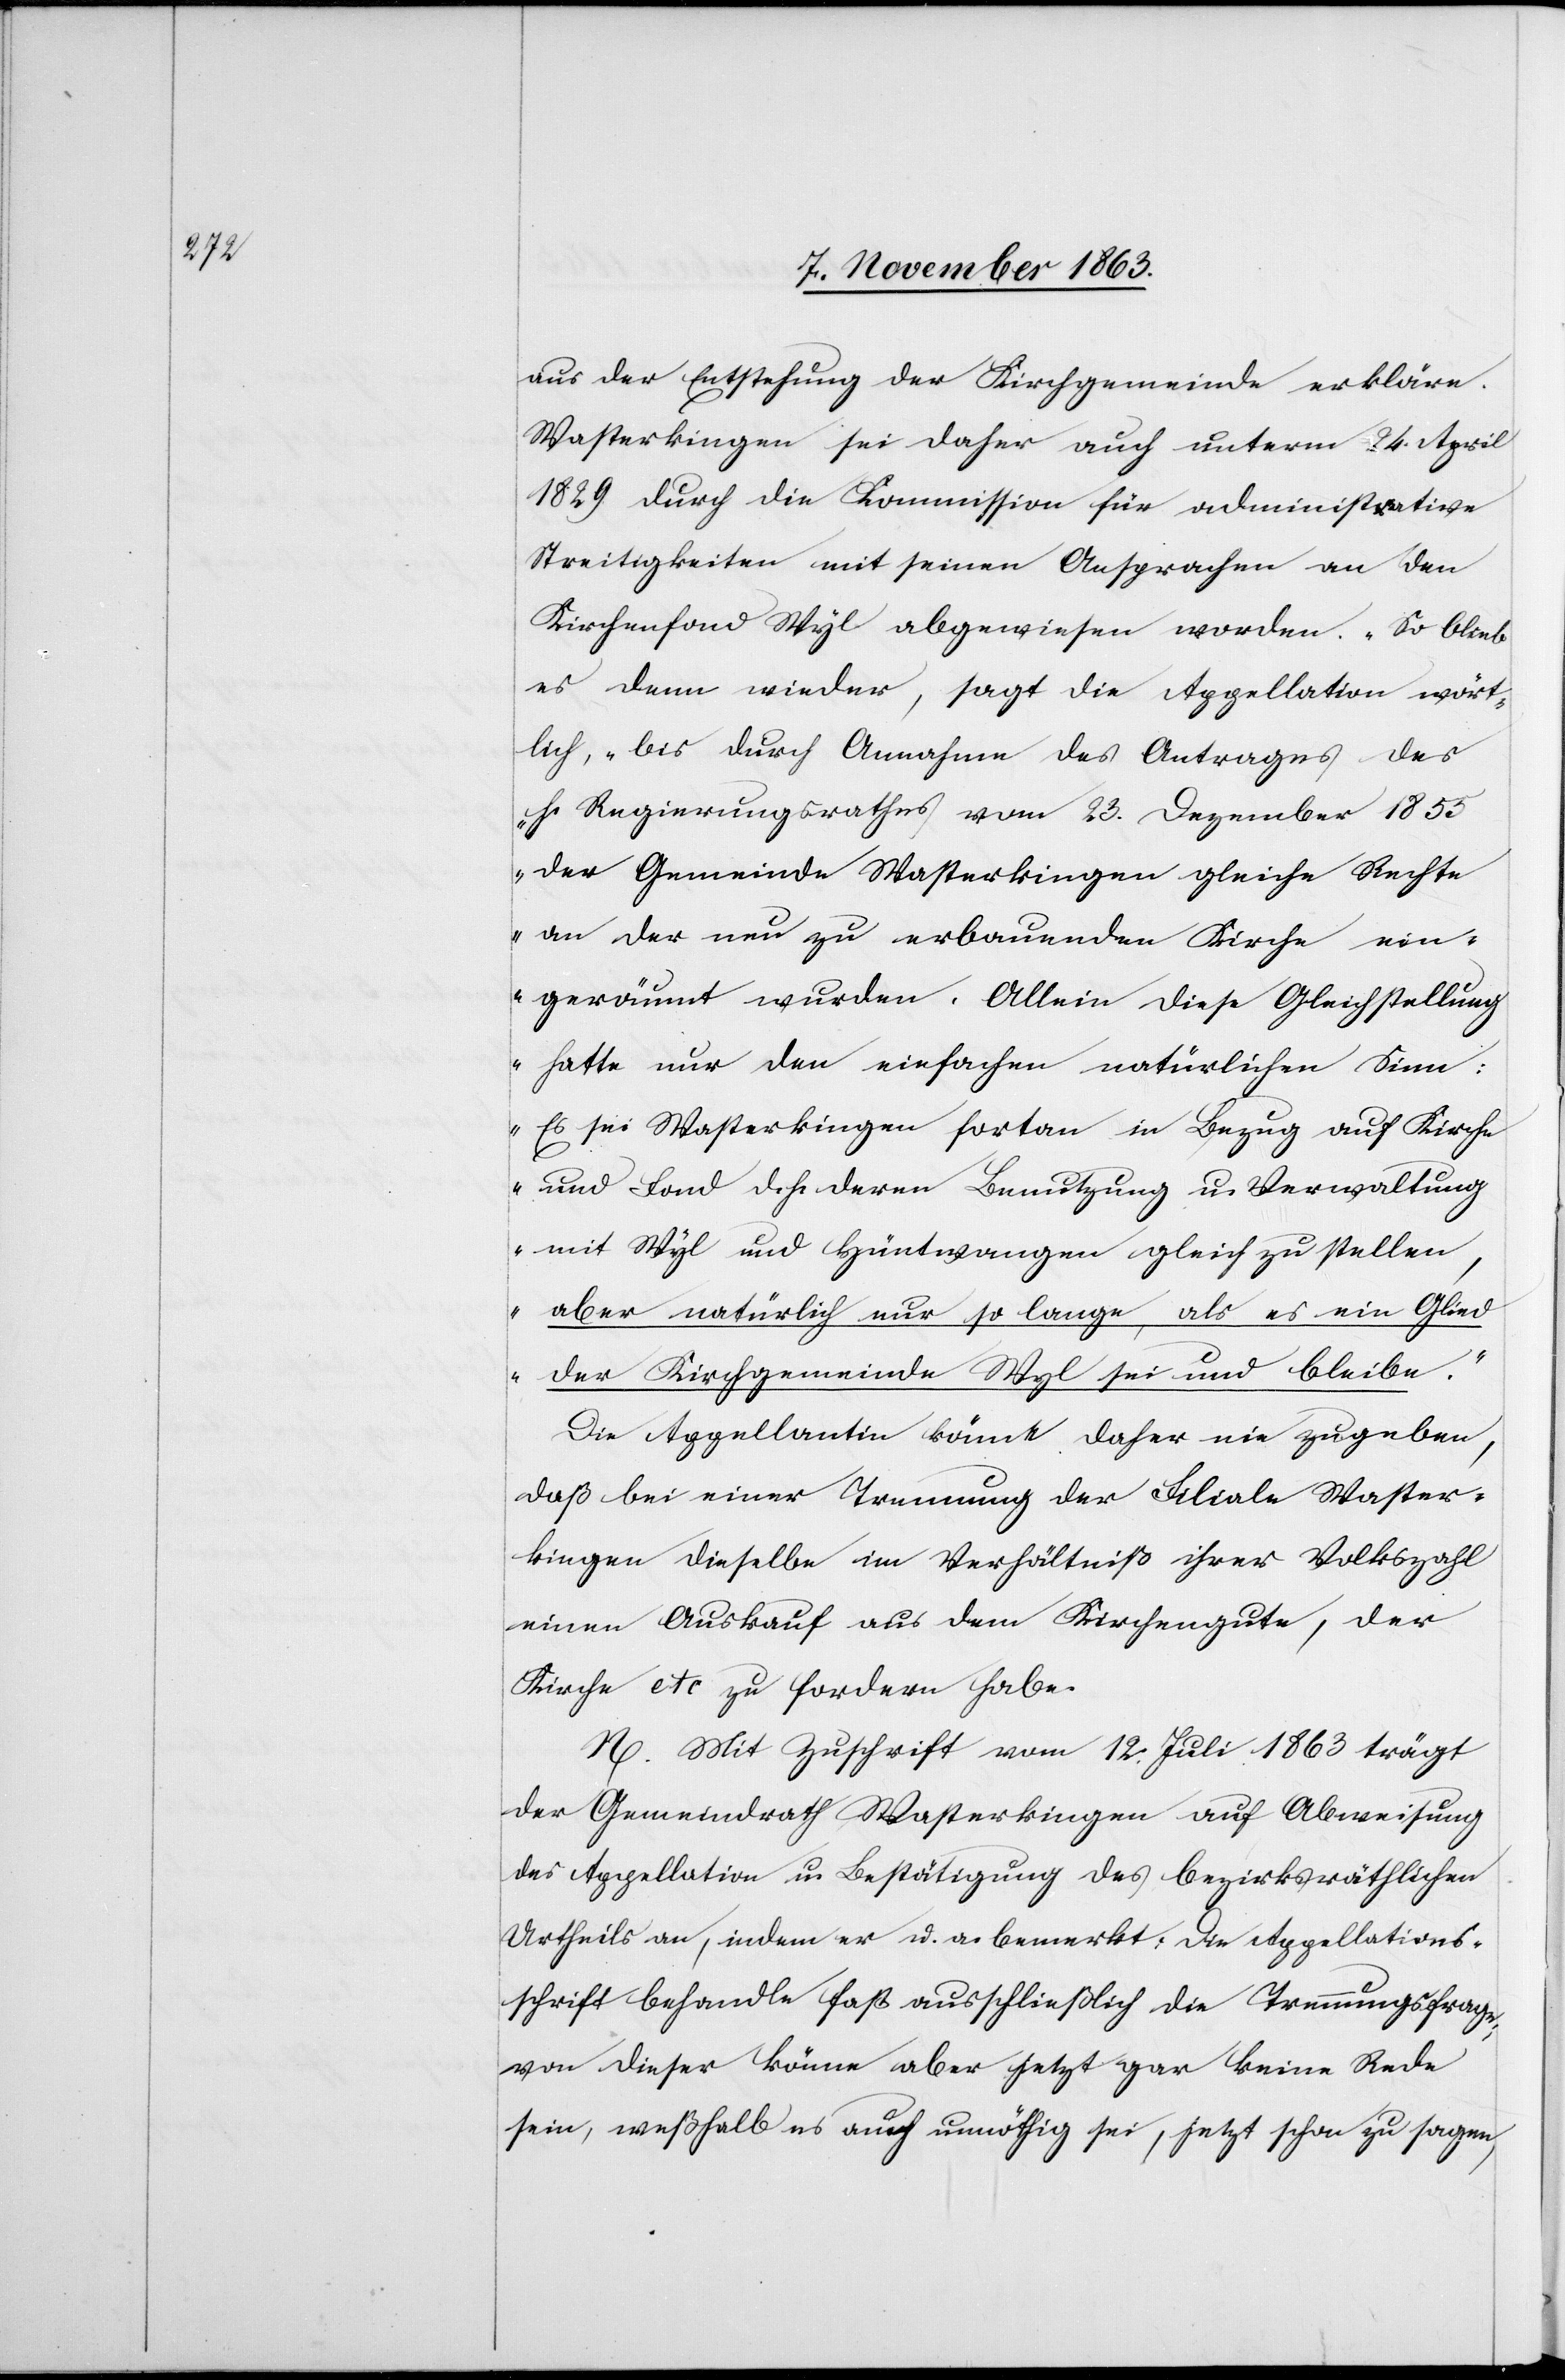
aus der Entstehung der Kirchgemeinde erkläre.
Wasterkingen sei daher auch unterm 24. April
1829 durch die Kommission für administrative
Streitigkeiten mit seinen Ansprachen an den
Kirchenfond Wyl abgewiesen worden. „So blieb
es denn wieder“, sagt die Appellation wört¬
lich, „bis durch Annahme des Antrages des
h. Regierungsrathes vom 23. Dezember 1855
der Gemeinde Wasterkingen gleiche Rechte
an der neu zu erbauenden Kirche ein¬
geräumt wurden. Allein diese Gleichstellung
hatte nur den einfachen natürlichen Sinn:
Es sei Wasterkingen fortan in Bezug auf Kirche
und Land d. h. deren Benutzung u. Verwaltung
mit Wyl und Hüntwangen gleich zu stellen,
aber natürlich nur so lange, als es ein Glied
der Kirchgemeinde Wyl sei und bleibe.“
Die Appellantin könne daher nie zugeben,
daß bei einer Trennung der Filiale Waster¬
kingen dieselbe im Verhältniß ihrer Volkszahl
einen Auskauf aus dem Kirchengute, der
Kirche etc zu fordern habe.
N. Mit Zuschrift vom 12. Juli 1863 trägt
der Gemeindrath Wasterkingen auf Abweisung
Appellation u. Bestätigung des bezirksräthlichen
Urtheils an, indem er u. a. bemerkt: Die Appellations¬
schrift behandle fast ausschließlich die Trennungsfrage;
von dieser könne aber jetzt gar keine Rede
sein, weßhalb es auch unnöthig sei, jetzt schon zu sagen,